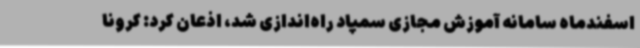
اسفندماه سامانه آموزش مجازی سمپاد راه‌اندازی شد، اذعان کرد: کرونا